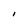
Character: l